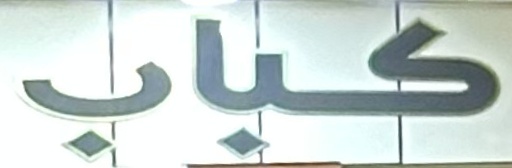
كباب